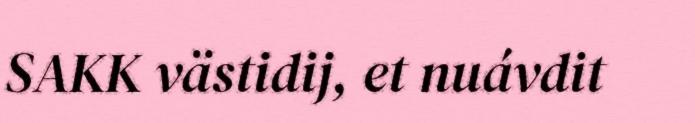
SAKK västidij, et nuávdit